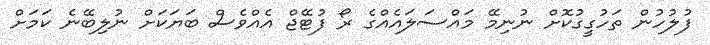
ފުލުހުން ތަހުގީގުކޮށް ނުނިމޭ މައްސަލައެއްގެ ރޯ ފުޓޭޖް އެއްވެސް ބަޔަކަށް ނުލިބޭނެ ކަމަށް